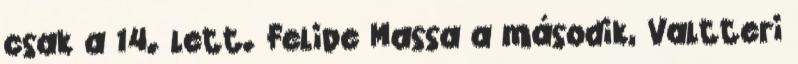
csak a 14. lett. Felipe Massa a második, Valtteri